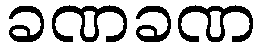
ခဏခဏ